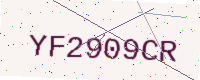
Text: YF2909CR